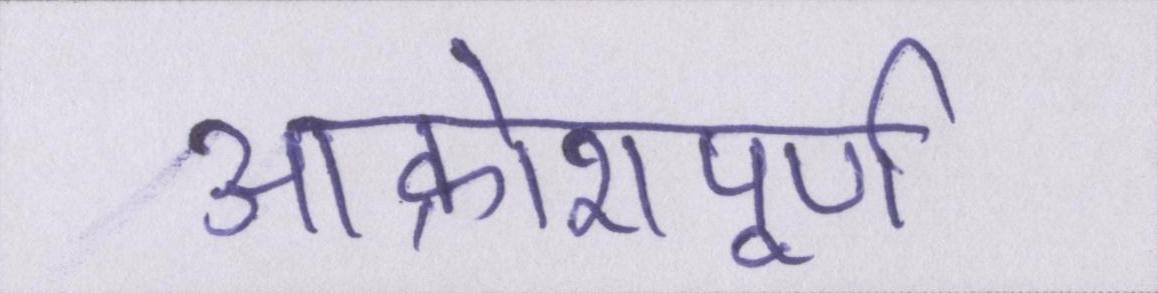
आक्रोशपूर्ण